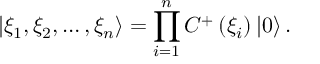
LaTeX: \left| \xi _ { 1 } , \xi _ { 2 } , \ldots , \xi _ { n } \right\rangle = \prod _ { i = 1 } ^ { n } C ^ { + } \left( \xi _ { i } \right) \left| 0 \right\rangle .